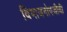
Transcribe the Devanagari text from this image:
विभाजनोपजीवी